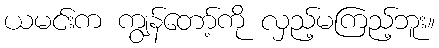
ယမင်းက ကျွန်တော့်ကို လှည့်မကြည့်ဘူး။